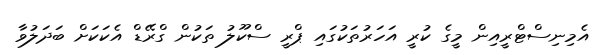
އެމިނިސްޓްރީއިން މީގެ ކުރީ އަހަރުތަކުގައި ޕްރީ ސްކޫލު ތަކުން ގްރޭޑް އެކަކަށް ބަދަލުވާ